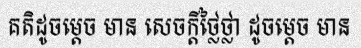
គតិដូចម្តេច មាន សេចក្តីថ្លៃថ្លា ដូចម្តេច មាន